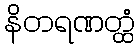
နိတရဏတ္ထံ